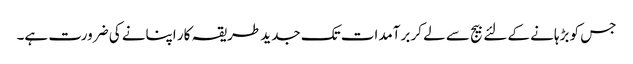
جس کو بڑہانے کے لئے بیج سے لے کر برآمدات تک جدید طریقہ کار اپنانے کی ضرورت ہے۔